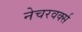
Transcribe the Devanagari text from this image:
नेचरवर्क्स